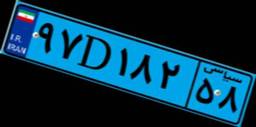
۸۵D۴۶۳۳۹